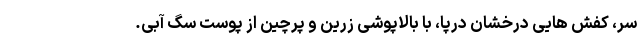
سر، کفش هایی درخشان درپا، با بالاپوشی زرین و پرچین از پوست سگ آبی.